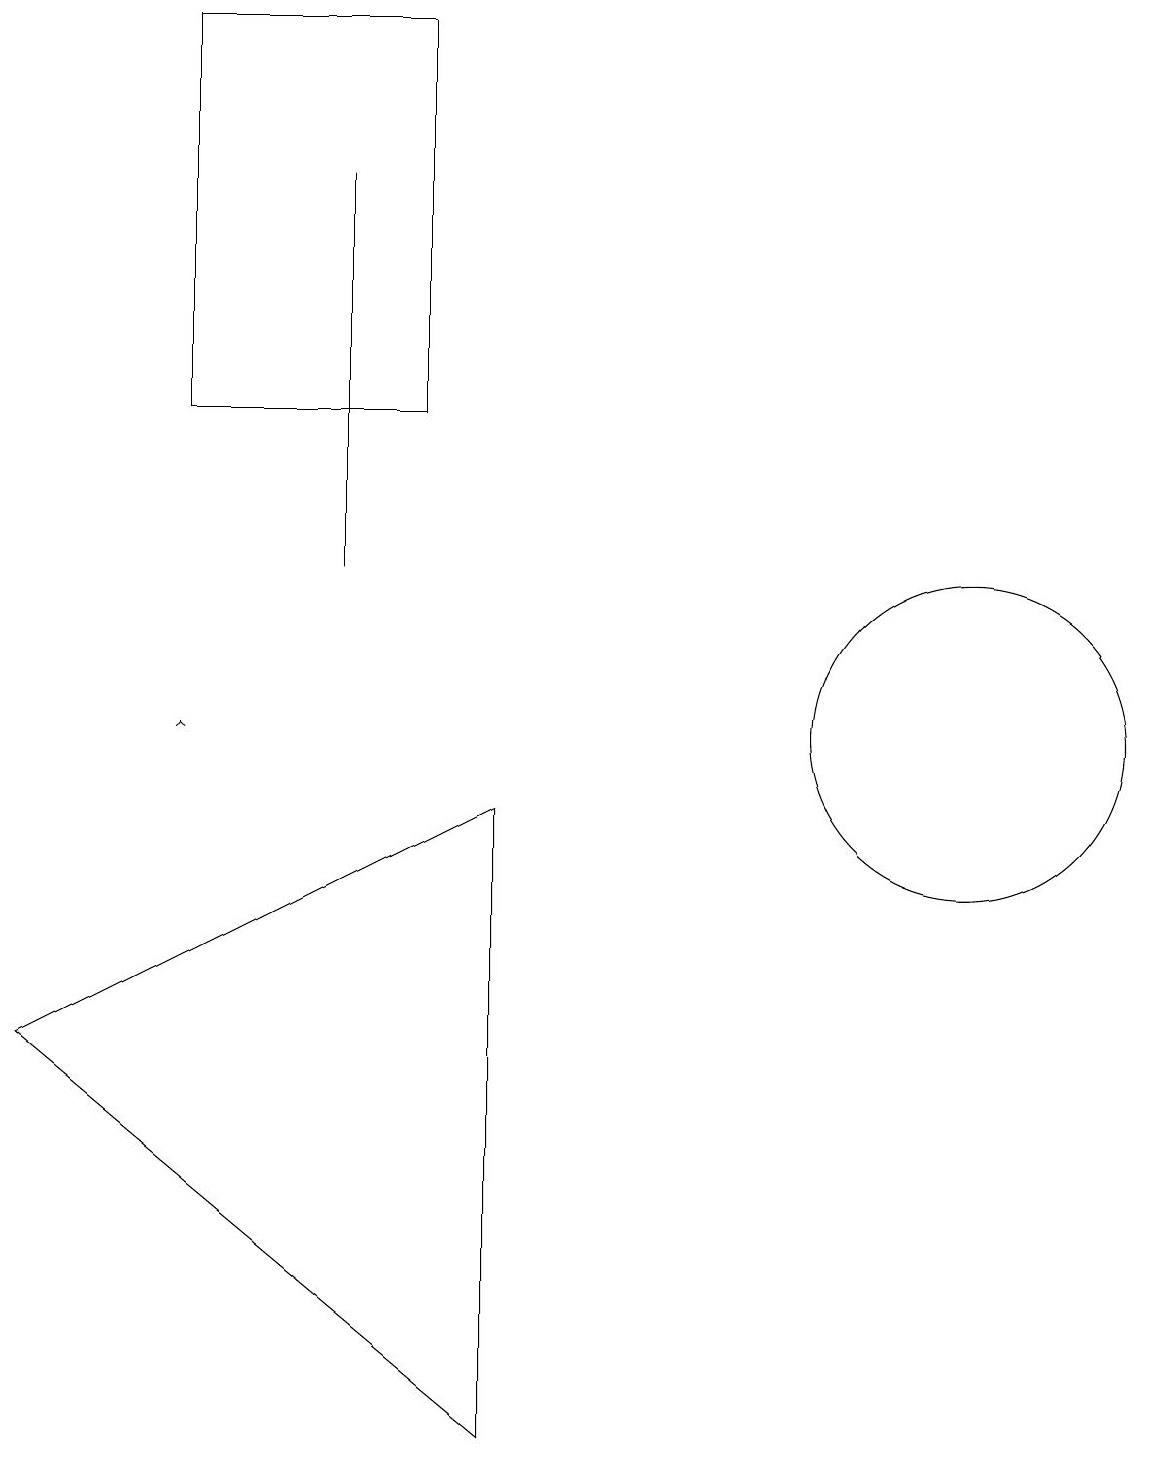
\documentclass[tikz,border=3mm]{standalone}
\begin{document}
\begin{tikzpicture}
\draw (2,19) rectangle (5,14);
\draw (0,6) -- (6,9) -- (6,1) -- cycle;
\draw (4,17) rectangle (4,12);
\draw[->] (2,10) -- (2,10);
\draw (10,10) circle (0);
\draw (12,10) circle (2);
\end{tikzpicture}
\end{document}